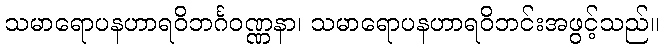
သမာရောပနဟာရဝိဘင်္ဂဝဏ္ဏနာ၊ သမာရောပနဟာရဝိဘင်းအဖွင့်သည်။